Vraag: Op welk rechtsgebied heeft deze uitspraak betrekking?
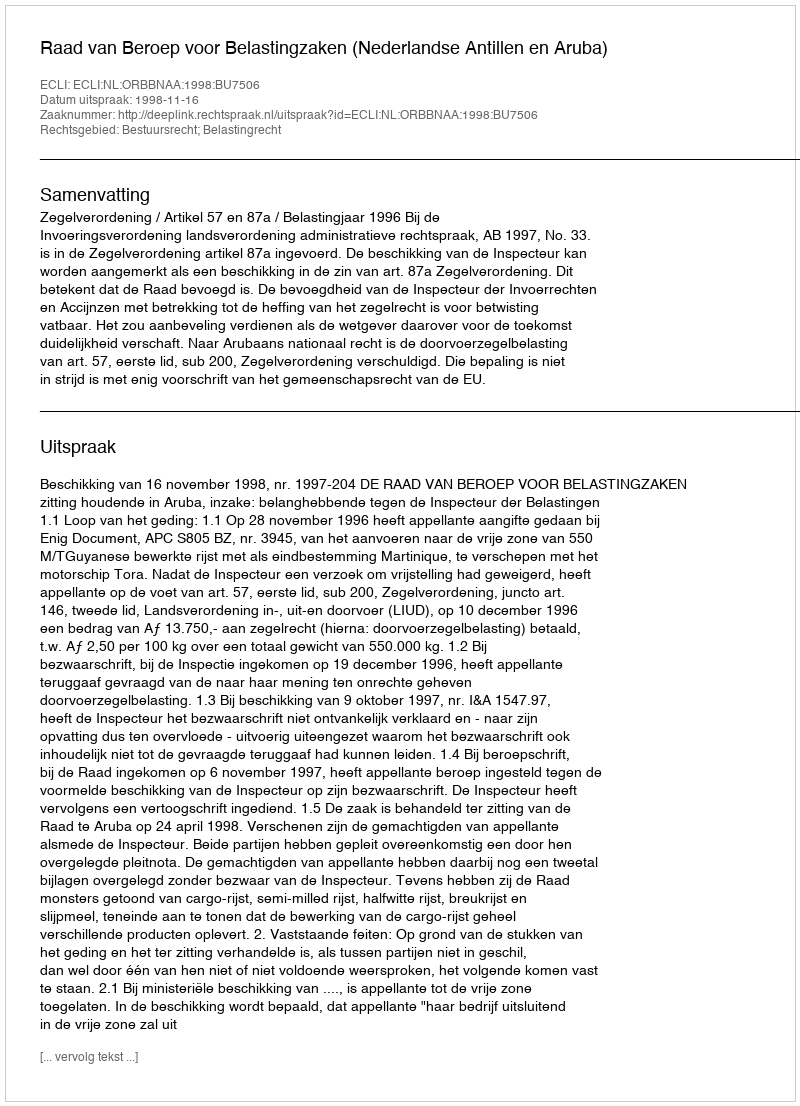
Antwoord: Bestuursrecht; Belastingrecht